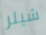
شيلر